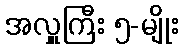
အလှူကြီး ၅-မျိုး